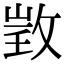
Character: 𢽠